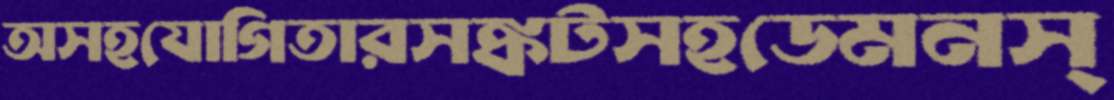
অসহযোগিতারসঙ্কটসহডেমনস্